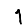
Digit: 1